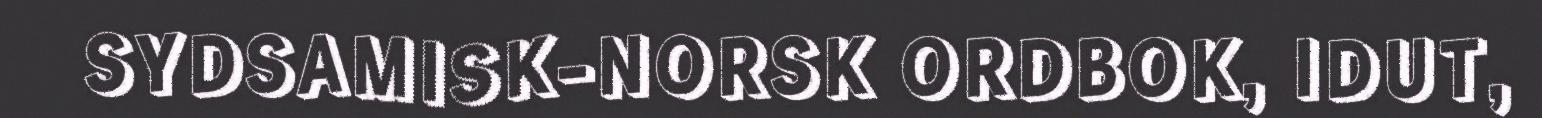
SYDSAMISK-NORSK ORDBOK, IDUT,